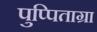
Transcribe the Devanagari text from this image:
पुप्पिताग्रा